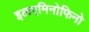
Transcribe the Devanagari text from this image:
इलएमिनोफिनो